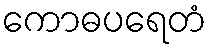
ကောဓပရေတံ